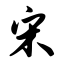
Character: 宋